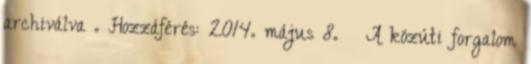
archiválva . Hozzáférés: 2014. május 8. ↑ A közúti forgalom